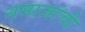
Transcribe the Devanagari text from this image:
नमाजांची